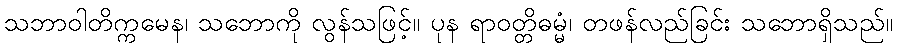
သဘာဝါတိက္ကမေန၊ သဘောကို လွန်သဖြင့်။ ပုန ရာဝတ္တိဓမ္မံ၊ တဖန်လည်ခြင်း သဘောရှိသည်။